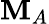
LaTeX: \mathbf{M}_{A}